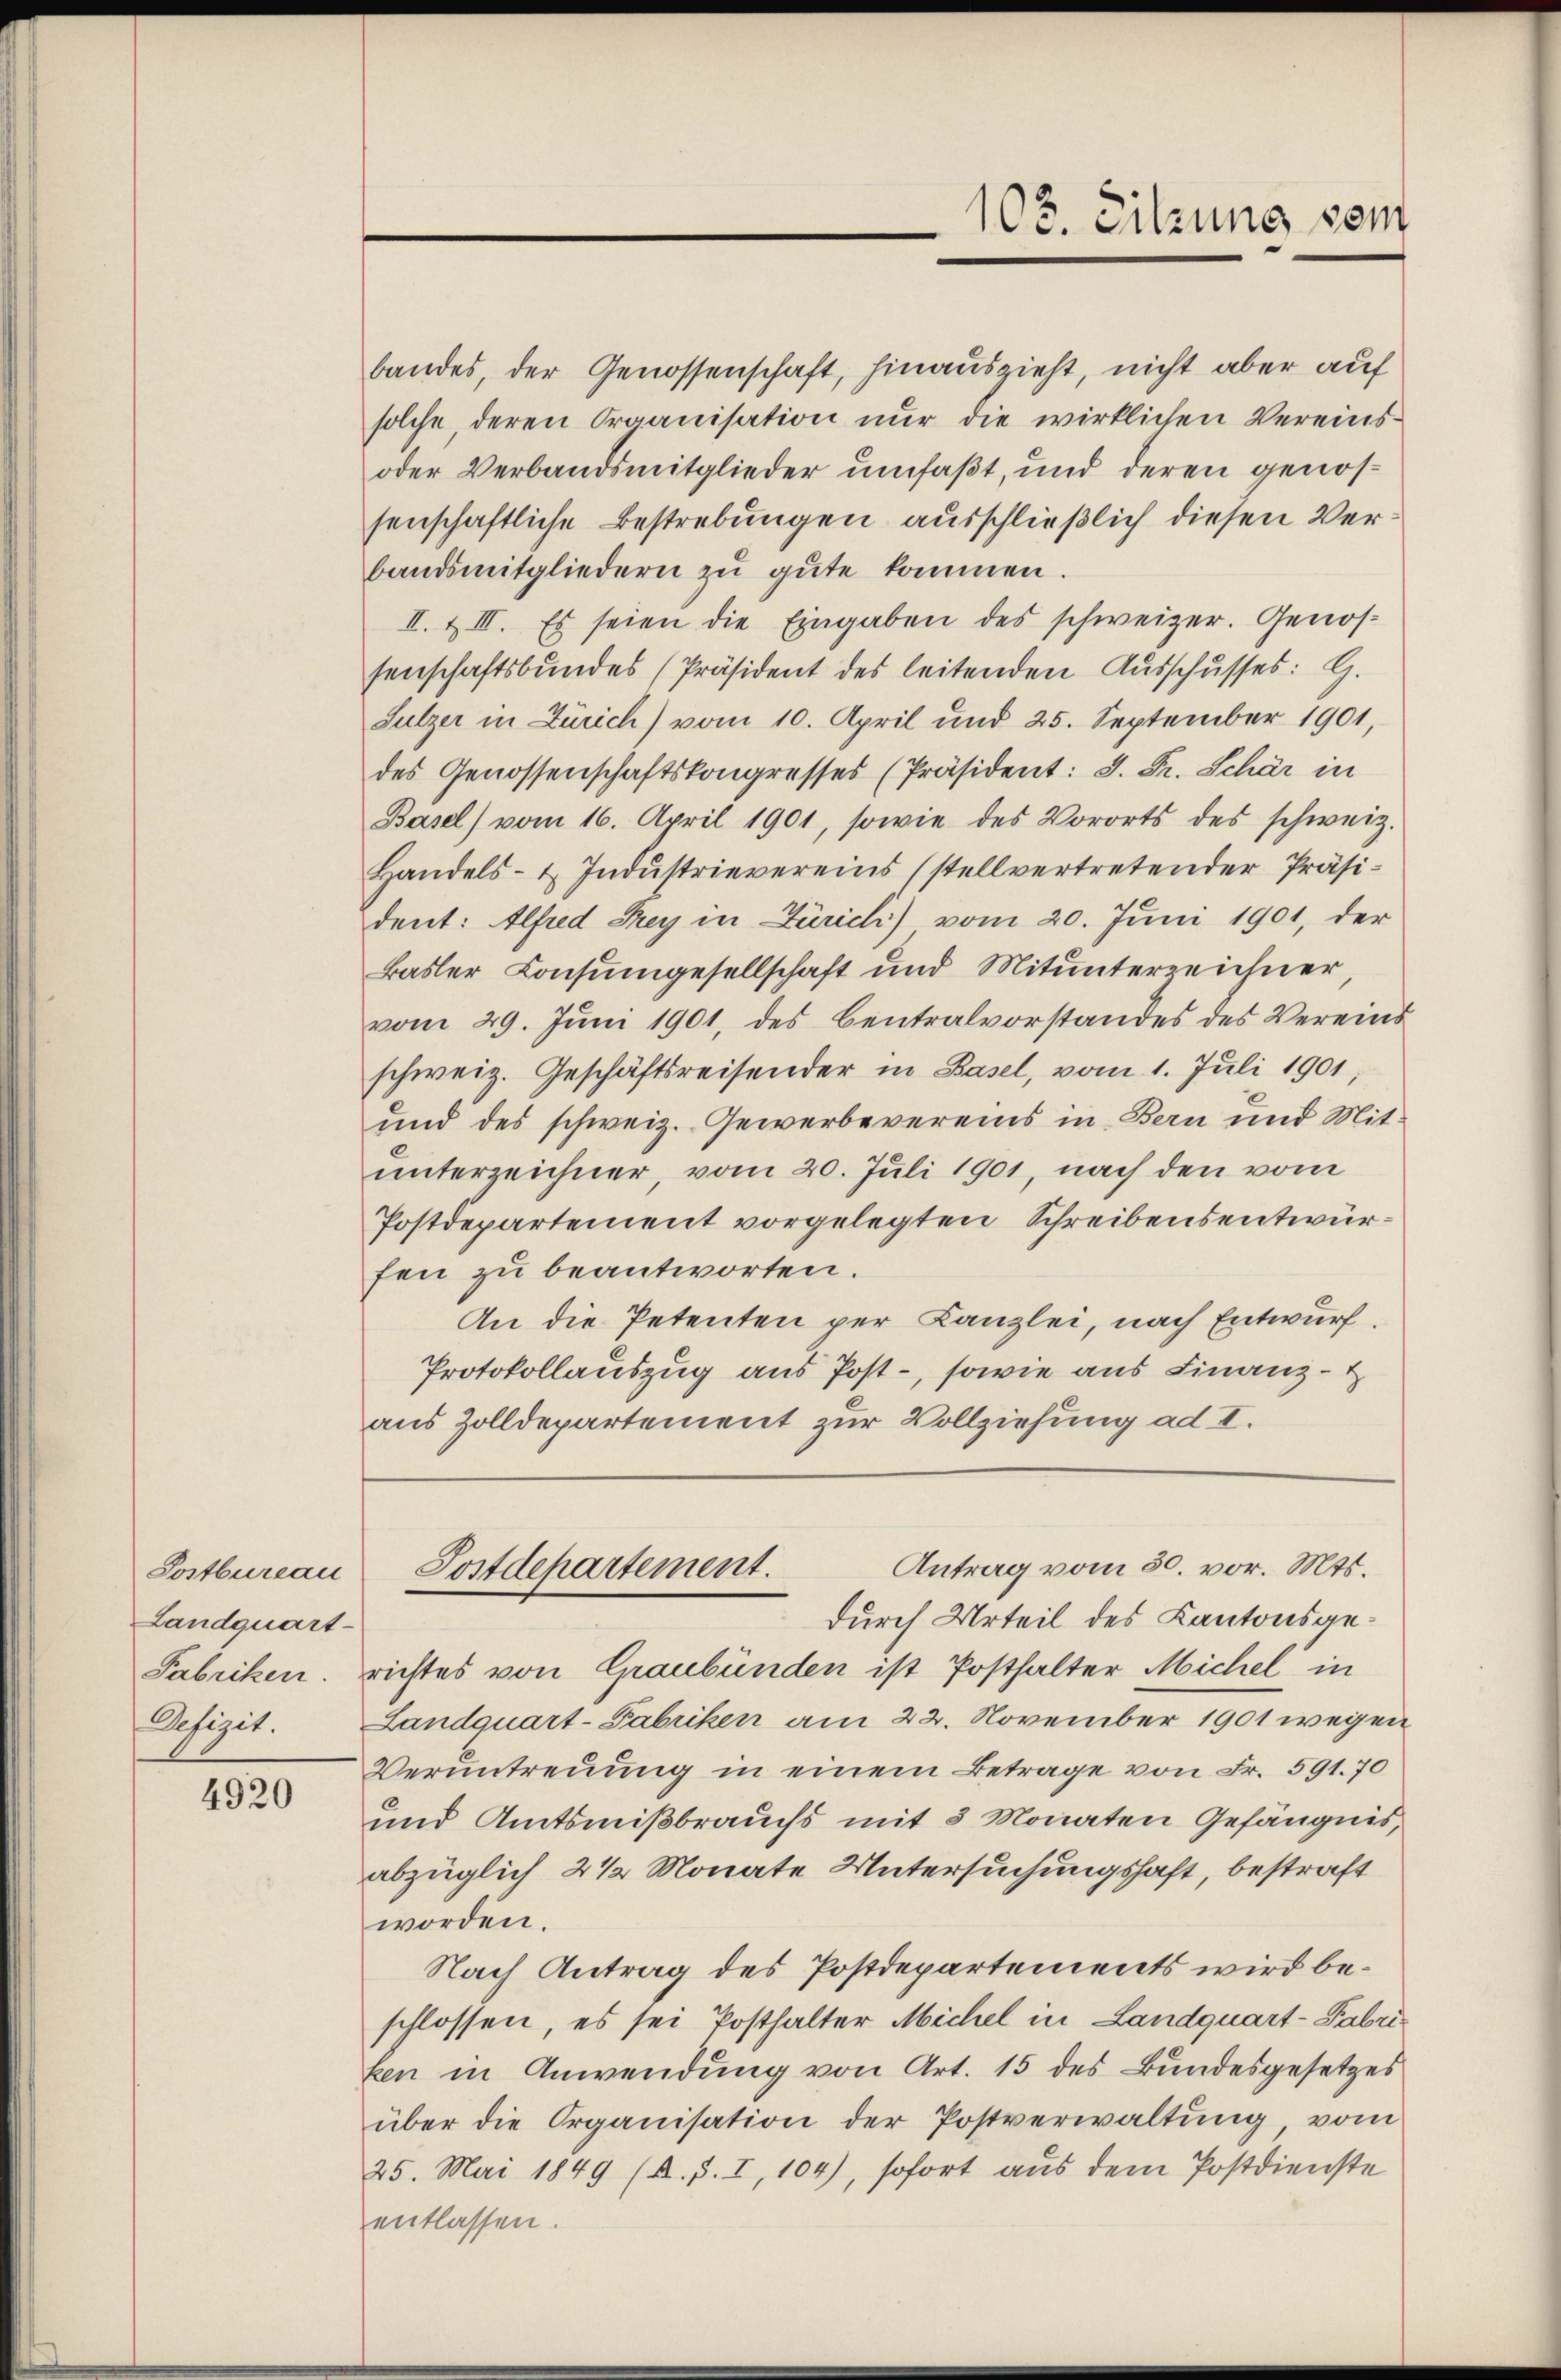
Postbureau
Landquart
Fabriken.
Defizit.

4920

bandes, der Genossenschaft, hinauszieht, nicht aber auf
solche deren Organisation nŭr die wirklichen Vereins-
oder Verbandsmitglieder umfaßt, und deren genossenschaftliche Bestrebungen ausschließlich diesen Verbandsmitgliedern zu gute kommen.
II. & III. Es seien die Eingaben des schweizer. Genos-
senschaftsbundes (Präsident des leitenden Ausschusses: G.
Sulzer in Zürich) vom 10. April und 25. September 1901,
des Genossenschaftskongresses (Präsident: J. Pr. Schär in
Basel vom 16. April 1901, sowie des Vororts des schweiz.
Handels- & Industrievereins (stellvertretender Präsident: Alfred Sey in Zürich) vom 20. Juni 1901, der
Basler Consumgesellschaft und Mitunterzeichner,
vom 29. Jŭni 1901, des Centralvorstandes des Vereins
schweiz. Geschäftsreisender in Basel, vom 1. Juli 1901,
und des schweiz. Gewerbevereins in Bern und Mitunterzeichner, vom 20. Juli 1901, nach den vom
Postdepartement vorgelegten Schreibensentwurfen zu beantworten.
An die Petenten per Kanzlei, nach Entwurf.
Protokollauszug aus Post-, sowie aus Finanz-
aus Zolldepartement zur Vollziehung ad I.
Antrag vom 30. vor. Mts.
Postdepartement.
durch Urteil des Kantonsgerichtes von Graubünden ist Posthalter Michel in
Landquart-Fabriken am 22. November 1901 wegen
Veruntreuung in einem Betrage von Fr. 591. 70
und Amtsnißbrauchs mit 3 Monaten Gefängnis,
abzüglich 2 1/2 Monate Untersuchungshaft, bestraft
worden.
Nach Antrag des Postdepartements wird beschlossen, es sei Posthalter Michel in Landquart-Fabri
ken in Anwendung von Art. 15 des Bundesgesetzes
über die Organisation der Postverwaltŭng vom
25. Mai 1849 (s. S. I, 104), sofort aus dem Postdienste
entlassen.

103. Sitzung sein